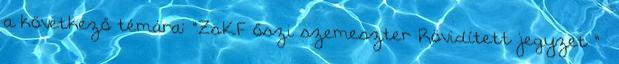
a következő témára: "ZsKF őszi szemeszter Rövidített jegyzet "—